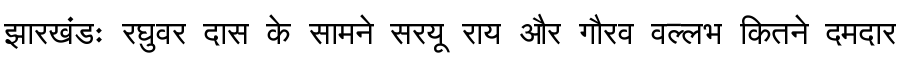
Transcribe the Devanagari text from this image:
झारखंडः रघुवर दास के सामने सरयू राय और गौरव वल्लभ कितने दमदार